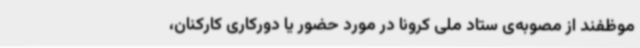
موظفند از مصوبه‌ی ستاد ملی کرونا در مورد حضور یا دورکاری کارکنان،